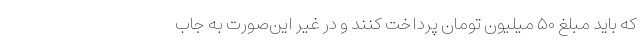
که باید مبلغ ۵۰ میلیون تومان پرداخت کنند و در غیر این‌صورت به جاب